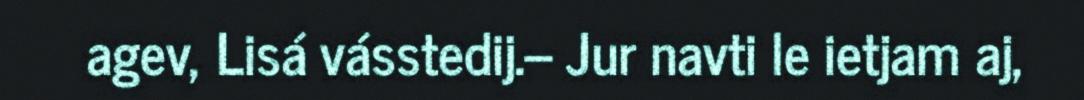
agev, Lisá vásstedij.– Jur navti le ietjam aj,